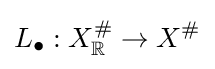
L_{\bullet }:X_{\mathbb {R} }^{\#}\to X^{\#}